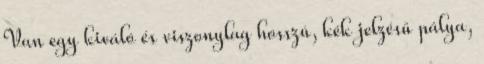
Van egy kiváló és viszonylag hosszú, kék jelzésű pálya,